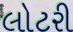
લોટરી